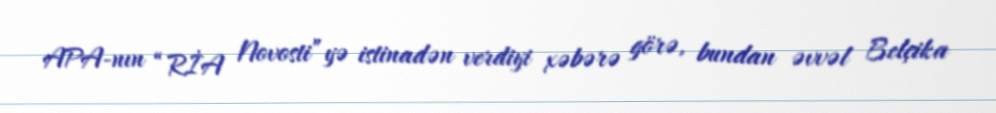
APA-nın “RİA Novosti”yə istinadən verdiyi xəbərə görə, bundan əvvəl Belçika